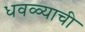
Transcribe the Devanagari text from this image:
धवळ्याची